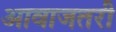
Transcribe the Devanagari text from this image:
आवाजतरी